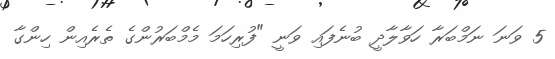
5 ވަނަ ނަމްބަރާ ހަވާލާދީ ބުނެފައި ވަނީ "ފުރިހަމަ މެމްބަރުންގެ ތެރެއިން ހިންގާ